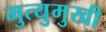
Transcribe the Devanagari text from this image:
मुत्युमुखी